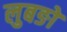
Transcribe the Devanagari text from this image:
लुबङो